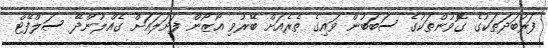
ފަރުބަދަތަކުގެ ގޮވުންތަކުގެ ސަބަބުން ވައިގެ ތެރެއަށް ބޭރުވި އޯޒޯން ފަށަލައަށް ގެއްލުންދޭ ސަލްފޭޓް